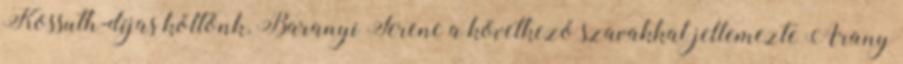
Kossuth-díjas költőnk, Baranyi Ferenc a következő szavakkal jellemezte Arany